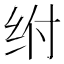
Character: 𰬅